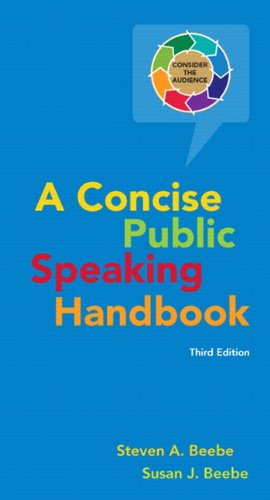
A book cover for Concise Public Speaking Handbook (3rd Edition); Steven A. Beebe; Reference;